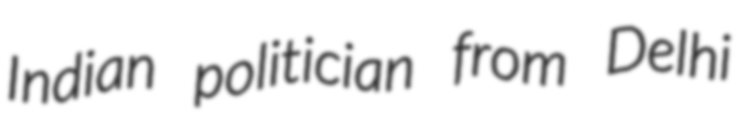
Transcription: Indian politician from Delhi